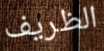
الظريف